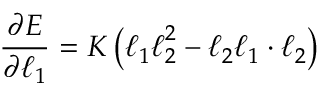
\frac { \partial E } { \partial { \boldsymbol { \ell } _ { 1 } } } = K \left( \boldsymbol { \ell } _ { 1 } \boldsymbol { \ell } _ { 2 } ^ { 2 } - \boldsymbol { \ell } _ { 2 } \boldsymbol { \ell } _ { 1 } \cdot \boldsymbol { \ell } _ { 2 } \right)